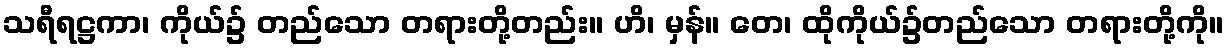
သရီရဋ္ဌကာ၊ ကိုယ်၌ တည်သော တရားတို့တည်း။ ဟိ၊ မှန်။ တေ၊ ထိုကိုယ်၌တည်သော တရားတို့ကို။